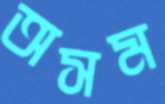
অসম